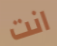
انت